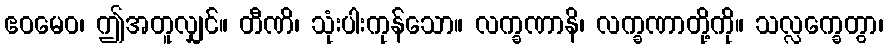
ဧဝမေဝ၊ ဤအတူလျှင်။ တီဏိ၊ သုံးပါးကုန်သော။ လက္ခဏာနိ၊ လက္ခဏာတို့ကို။ သလ္လက္ခေတွာ၊